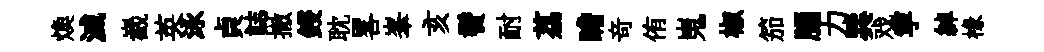
煥滅嶻英泳貞誌撤鋟耽畧峯亥鬢耐荔瞻竒侑嵬椒笳腦力巽戏寜綽椽